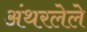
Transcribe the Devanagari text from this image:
अंथरलेले